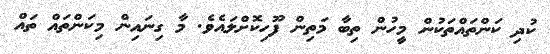
ކުދި ކަންތައްތަކުން މީހުން ތިބާ މަތިން ފޫހިކޮށްލައެވެ. މާ ގިނައިން މިކަންތައް ތައް